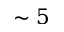
\sim 5